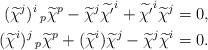
\begin{align*}(\widetilde{\chi}^{j})^{i}\,_{p}\widetilde{\chi}^{p}-\widetilde{\chi}^{j}\widetilde{\chi'}^{i}+\widetilde{\chi'}^{i}\widetilde{\chi}^{j}=0,\\(\widetilde{\chi}^{i})^{j}\,_{p}\widetilde{\chi}^{p}+(\widetilde{\chi}^{i})\widetilde{\chi}^{j}-\widetilde{\chi}^{j}\widetilde{\chi}^{i}=0.\end{align*}